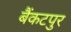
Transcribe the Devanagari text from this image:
बैंकटपुर